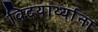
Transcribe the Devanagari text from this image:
विदयार्थ्याना